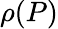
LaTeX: \rho(P)